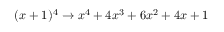
( x + 1 ) ^ { 4 } \rightarrow x ^ { 4 } + 4 x ^ { 3 } + 6 x ^ { 2 } + 4 x + 1